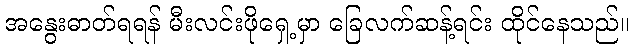
အနွေးဓာတ်ရရန် မီးလင်းဖိုရှေ့မှာ ခြေလက်ဆန့်ရင်း ထိုင်နေသည်။